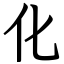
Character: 化